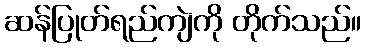
ဆန်ပြုတ်ရည်ကျဲကို တိုက်သည်။